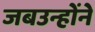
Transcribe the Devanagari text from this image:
जबउन्होंने